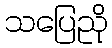
သပြေညို